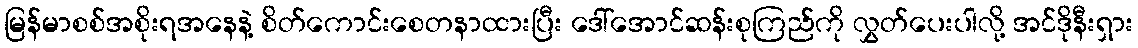
မြန်မာစစ်အစိုးရအနေနဲ့ စိတ်ကောင်းစေတနာထားပြီး ဒေါ်အောင်ဆန်းစုကြည်ကို လွှတ်ပေးပါလို့ အင်ဒိုနီးရှား